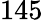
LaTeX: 145